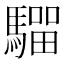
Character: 𩥺